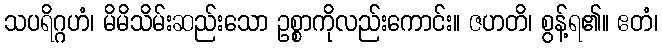
သပရိဂ္ဂဟံ၊ မိမိသိမ်းဆည်းသော ဥစ္စာကိုလည်းကောင်း။ ဇဟတိ၊ စွန့်ရ၏။ ဧတံ၊